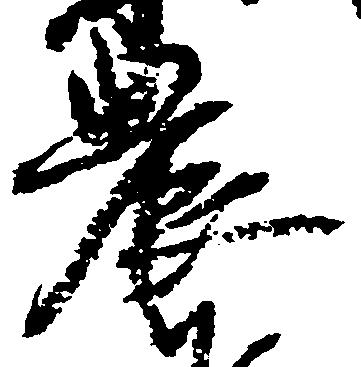
農